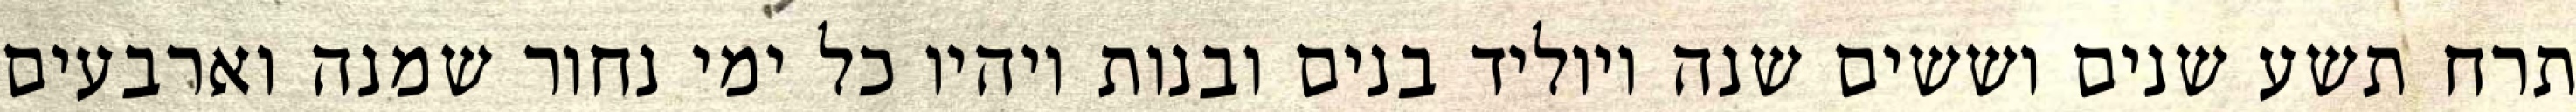
תרח תשע שנים וששים שנה ויוליד בנים ובנות ויהיו כל ימי נחור שמנה וארבעים